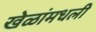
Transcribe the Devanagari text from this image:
खेळांमधली